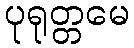
ပုရုတ္တမေ